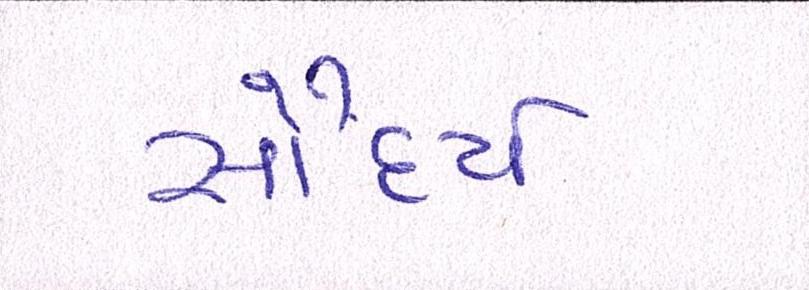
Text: સૌંદર્ય